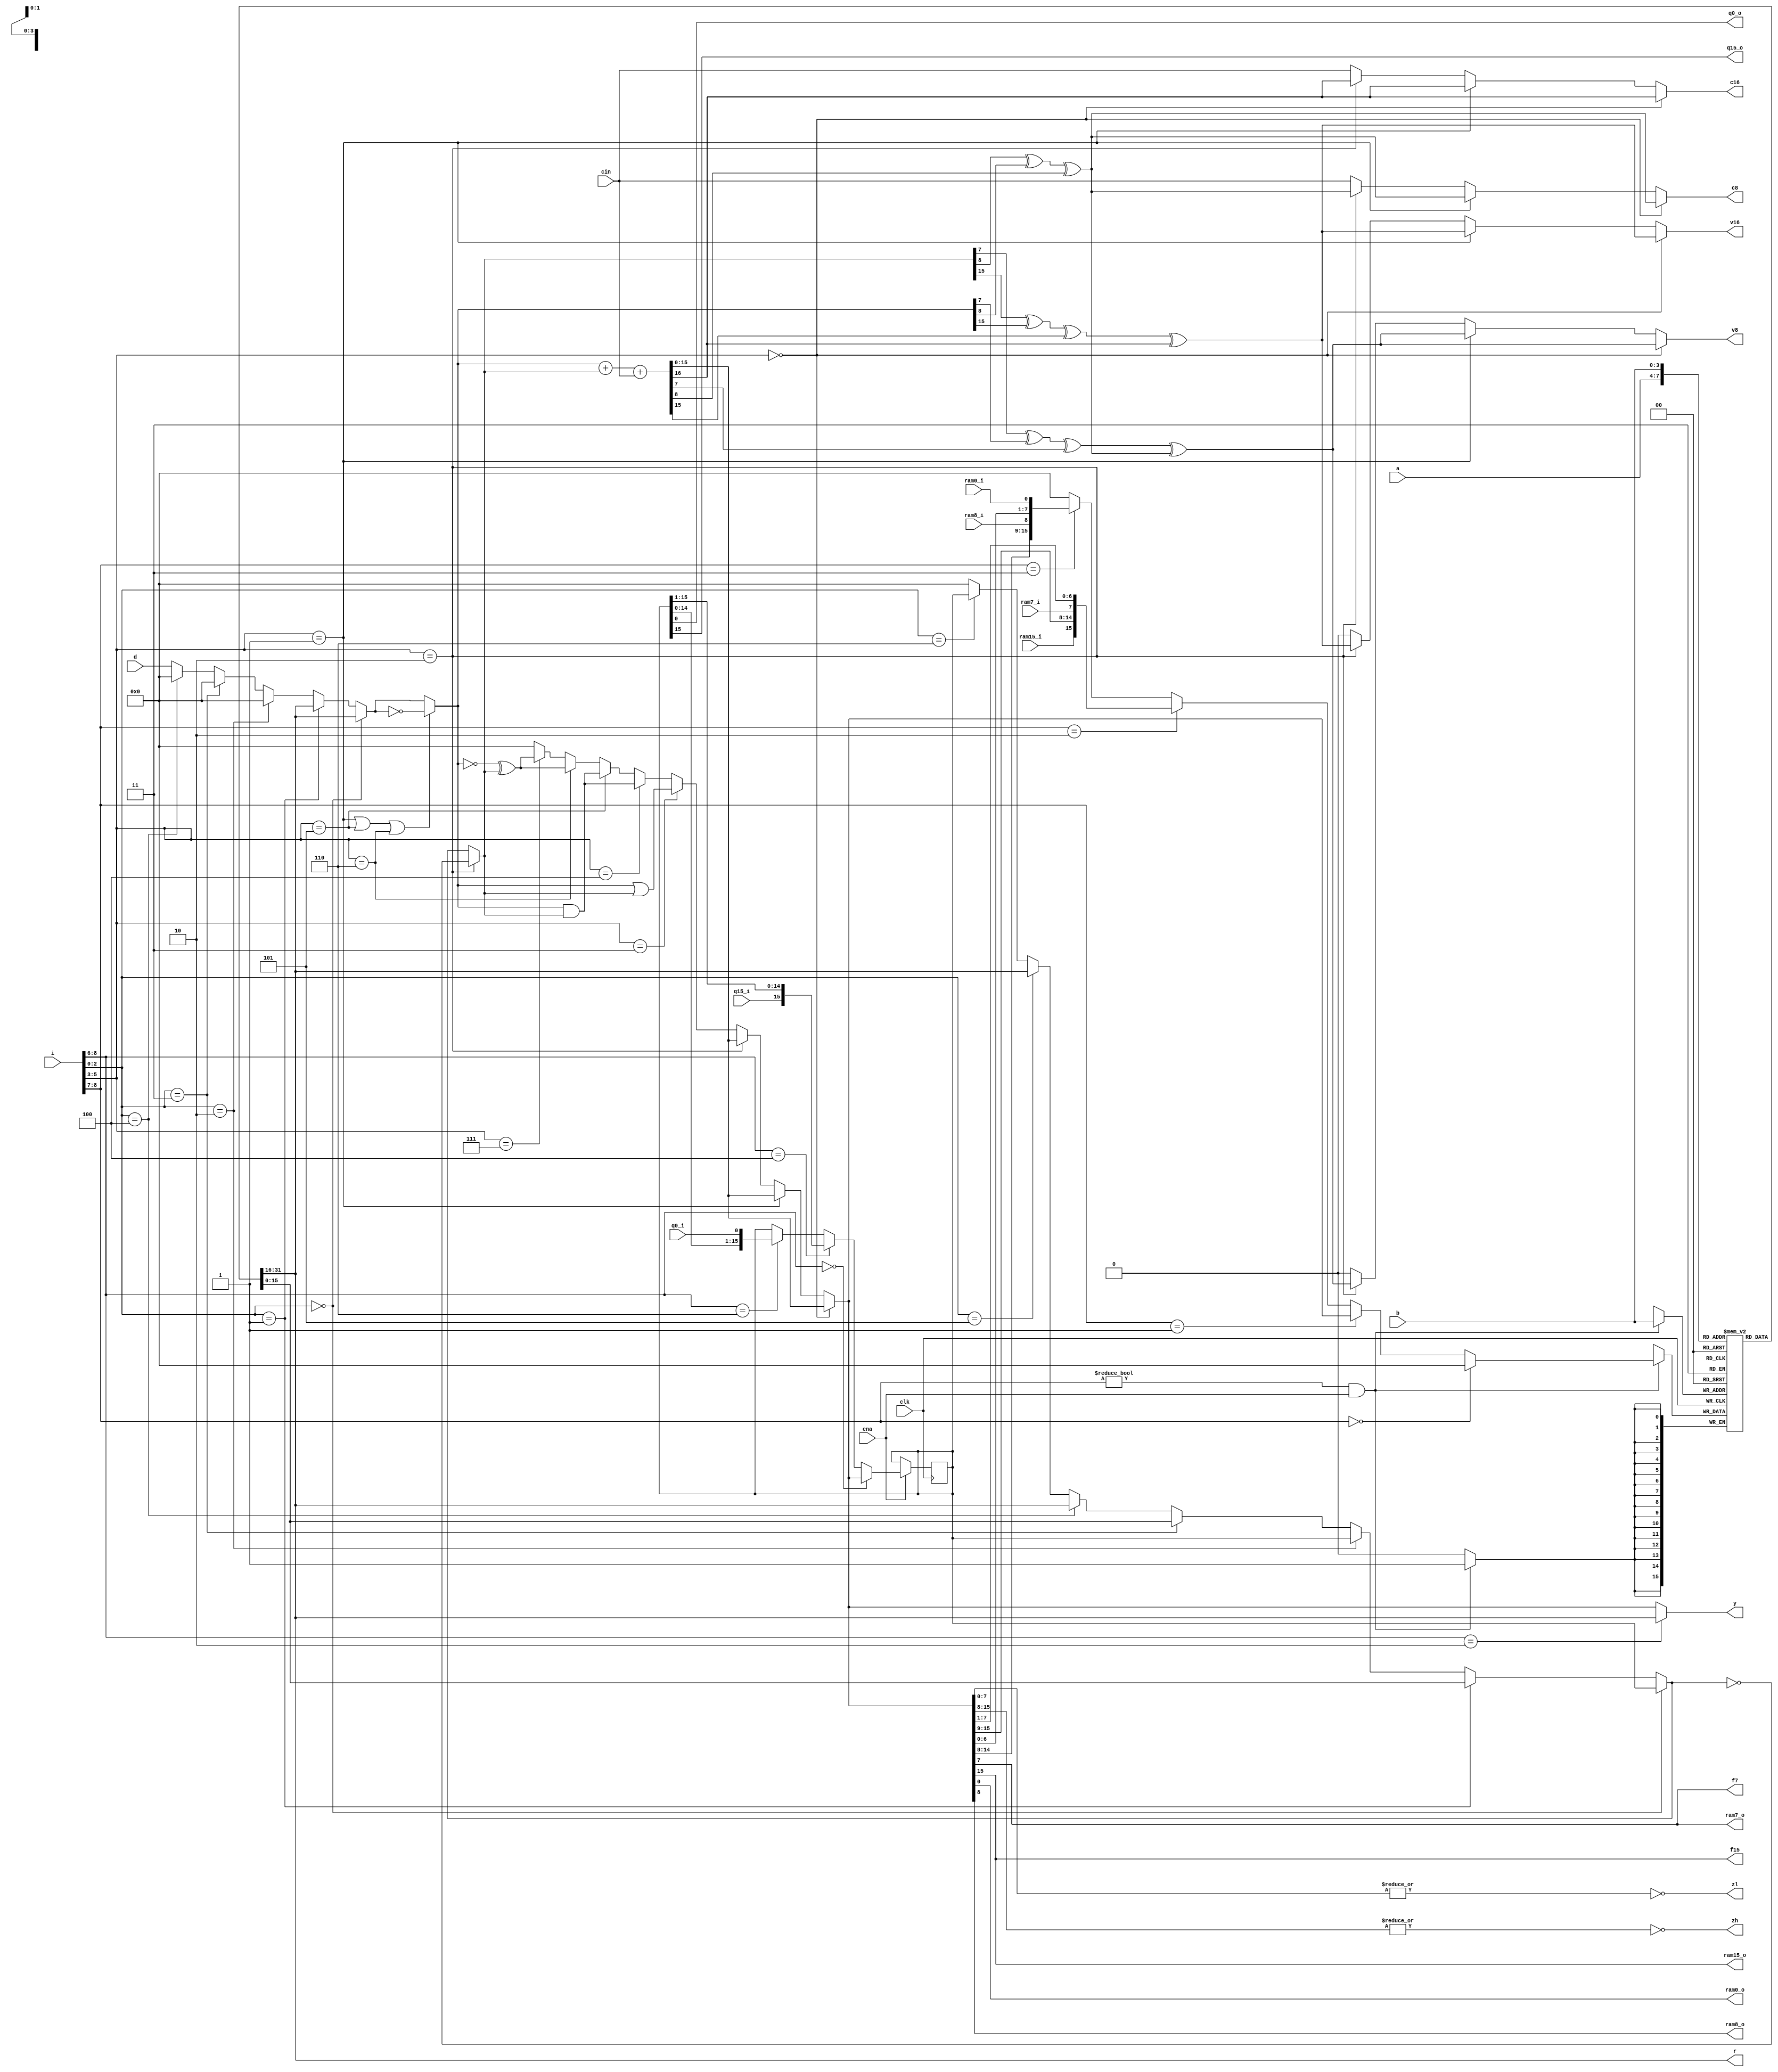
//
// Copyright (c) 2020 by 1801BM1@gmail.com
//______________________________________________________________________________
//
// Four-bit Microprocessor Slice
//
module am4_alu
(
   input          clk,        // clock positive
   input          ena,        // clock enable
   input    [8:0] i,          // operation code
   input    [3:0] a,          // port A address (readonly)
   input    [3:0] b,          // port B address (read/write)
   input   [15:0] d,          // direct data input
   output  [15:0] y,          // data output
   output  [15:0] r,          // ram[a] output
                              //
   input          cin,        // carry input
   output         c8,         // carry output, LSB
   output         c16,        // carry output, MSB
   output         v8,         // arithmetic overflow, LSB
   output         v16,        // arithmetic overflow, MSB
   output         zl,         // zero flag, LSB
   output         zh,         // zero flag, MSB
   output         f7,         // msb of LSB
   output         f15,        // msb of MSB
                              //
   input          ram0_i,     // shift register stack lsb LSB
   output         ram0_o,     //
   input          ram7_i,     // shift register stack msb LSB
   output         ram7_o,     //
   input          ram8_i,     // shift register stack lsb MSB
   output         ram8_o,     //
   input          ram15_i,    // shift register stack msb MSB
   output         ram15_o,    //
   input          q0_i,       // shift Q-register lsb LSB
   output         q0_o,       //
   input          q15_i,      // shift Q-register msb MSB
   output         q15_o       //
);

//______________________________________________________________________________
//
reg  [15:0] q_ram[15:0];      // RAM array
wire [15:0] i_ram;            // RAM input mux
                              //
reg  [15:0] q_reg;            // Q register
wire [15:0] q_mux;            // Q register input mux
                              //
wire [15:0] r_alu;            // ALU input mux R
wire [15:0] r_ext;            //
wire [15:0] s_alu;            // ALU input mux S
wire [15:0] s_ext;            //
wire [15:0] f_alu;            // ALU result output
                              //
wire        c6, c7, c14, c15; // carries
wire [16:0] sum;              // sum to get carries

//______________________________________________________________________________
//
// Initialization to eliminate uncertain simulation
//
integer m;

initial
begin
   for (m=0; m<16; m = m + 1)
      q_ram[m] = 4'b0000;
   q_reg = 4'b0000;
end

//______________________________________________________________________________
//
// RAM registers and RAM input mux
//
assign i_ram = (i[8:7] == 2'b00) ? 16'h0000 :                     // QREG, NOP
               (i[8:7] == 2'b01) ? f_alu :                        // RAMA, RAMF - load
               (i[8:7] == 2'b10) ? {ram15_i, f_alu[15:9],         //
                                    ram7_i, f_alu[7:1]} :         // RAMQD, RAMD - shift down/right
               (i[8:7] == 2'b11) ? {f_alu[14:8], ram8_i,          //
                                    f_alu[6:0], ram0_i} :         // RAMQU, RAMU - shift up/left
                                    16'h0000;                     // default

always @(posedge clk) if ((i[8:7] != 2'b00) & ena) q_ram[b] <= i_ram;

assign ram0_o  = f_alu[0];
assign ram7_o  = f_alu[7];
assign ram8_o  = f_alu[8];
assign ram15_o = f_alu[15];

//______________________________________________________________________________
//
// Q-register input mux and latches
//
assign q_mux = (i[8:6] == 3'b000) ? f_alu :                       // QREG
               (i[8:6] == 3'b100) ? {q15_i, q_reg[15:1]} :        // RAMQD - shift down/right
               (i[8:6] == 3'b110) ? {q_reg[14:0], q0_i} : q_reg;  // RAMQU - shift up/left

assign q0_o  = q_reg[0];
assign q15_o = q_reg[15];

always @(posedge clk) if (ena) q_reg <= q_mux;

//______________________________________________________________________________
//
// Y-output mux and RAMA output
//
assign y = (i[8:6] == 3'b010) ? q_ram[a] : f_alu;
assign r = q_ram[a];

//______________________________________________________________________________
//
// ALU input muxes
//
assign r_alu = (i[2:0] == 3'b000) ? q_ram[a] :              // AQ
               (i[2:0] == 3'b001) ? q_ram[a] :              // AB
               (i[2:0] == 3'b010) ? 16'h0000 :              // ZQ
               (i[2:0] == 3'b011) ? 16'h0000 :              // ZB
               (i[2:0] == 3'b100) ? 16'h0000 : d;           // ZA, DA, DQ, DZ

assign s_alu = (i[2:0] == 3'b000) ? q_reg :                 // AQ
               (i[2:0] == 3'b001) ? q_ram[b] :              // AB
               (i[2:0] == 3'b010) ? q_reg :                 // ZQ
               (i[2:0] == 3'b011) ? q_ram[b] :              // ZB
               (i[2:0] == 3'b100) ? q_ram[a] :              // ZA
               (i[2:0] == 3'b101) ? q_ram[a] :              // DA
               (i[2:0] == 3'b110) ? q_reg : 16'h0000;       // DQ, DZ

assign r_ext = ( (i[5:3] == 3'b001)
               | (i[5:3] == 3'b101)
               | (i[5:3] == 3'b110)) ? ~r_alu : r_alu;

assign s_ext = (i[5:3] == 3'b010) ? ~s_alu : s_alu;
assign sum = {1'b0, r_ext} + {1'b0, s_ext} + {16'h0000, cin};

//
// Carry from alu_f[n]->alu_f[n+1]
//
assign c6  = s_ext[7] ^ r_ext[7] ^ sum[7];         // f_alu[6]->f_alu[7]
assign c7  = s_ext[8] ^ r_ext[8] ^ sum[8];         // f_alu[7]->f_alu[8]
assign c14 = s_ext[15] ^ r_ext[15] ^ sum[15];      // f_alu[14]->f_alu[15]
assign c15 = sum[16];
//
// ALU result
//
assign f_alu = (i[5:3] == 3'b000) ? sum[15:0] :                // ADD
               (i[5:3] == 3'b001) ? sum[15:0] :                // SUBR
               (i[5:3] == 3'b010) ? sum[15:0] :                // SUBS
               (i[5:3] == 3'b011) ? r_ext | s_ext :            // OR
               (i[5:3] == 3'b100) ? r_ext & s_ext :            // AND
               (i[5:3] == 3'b101) ? r_ext & s_ext :            // NOTRS
               (i[5:3] == 3'b110) ? ~r_ext ^ s_ext :           // EXOR
               (i[5:3] == 3'b111) ? ~r_ext ^ s_ext : 16'h0000; // EXNOR

//
// The carry and overflow flags over logical instructions
// are not used by microcode, we can simplify
//
assign c8   = (i[5:3] == 3'b000) ? c7 :                        // ADD
              (i[5:3] == 3'b001) ? c7 :                        // SUBR
              (i[5:3] == 3'b010) ? c7 : cin;                   // SUBS

assign c16  = (i[5:3] == 3'b000) ? c15 :                       // ADD
              (i[5:3] == 3'b001) ? c15 :                       // SUBR
              (i[5:3] == 3'b010) ? c15 : cin;                  // SUBS

assign v8   = (i[5:3] == 3'b000) ? c6 ^ c7 :                   // ADD
              (i[5:3] == 3'b001) ? c6 ^ c7 :                   // SUBR
              (i[5:3] == 3'b010) ? c6 ^ c7 : 1'b0;             // SUBS

assign v16  = (i[5:3] == 3'b000) ? c14 ^ c15 :                 // ADD
              (i[5:3] == 3'b001) ? c14 ^ c15 :                 // SUBR
              (i[5:3] == 3'b010) ? c14 ^ c15 : 1'b0;           // SUBS

assign f7  = f_alu[7];
assign f15 = f_alu[15];
assign zl  = ~|f_alu[7:0];
assign zh  = ~|f_alu[15:8];
//______________________________________________________________________________
//
endmodule